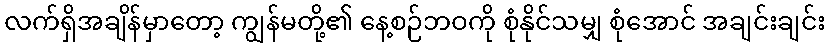
လက်ရှိအချိန်မှာတော့ ကျွန်မတို့၏ နေ့စဉ်ဘဝကို စုံနိုင်သမျှ စုံအောင် အချင်းချင်း